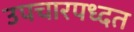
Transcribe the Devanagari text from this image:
उपचारपध्दत